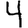
Digit: 4